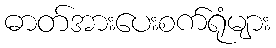
ဓာတ်အားပေးစက်ရုံများ